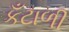
કઁટાળી